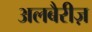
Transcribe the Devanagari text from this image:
अलबैरीज़